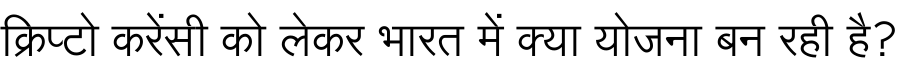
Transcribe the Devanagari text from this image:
क्रिप्टो करेंसी को लेकर भारत में क्या योजना बन रही है?